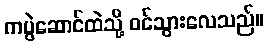
ကပွဲဆောင်ထဲသို့ ဝင်သွားလေသည်။